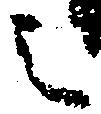
之